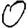
Digit: 0